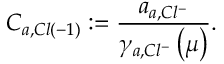
C _ { a , C l \left( - 1 \right) } : = \frac { a _ { a , C l ^ { - } } } { \gamma _ { a , C l ^ { - } } \left( \mu \right) } .